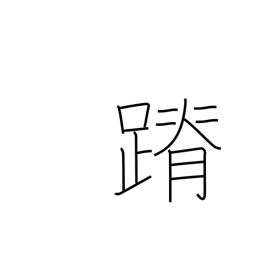
Meaning: stealthy footsteps